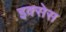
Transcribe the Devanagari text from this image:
इक्सेस